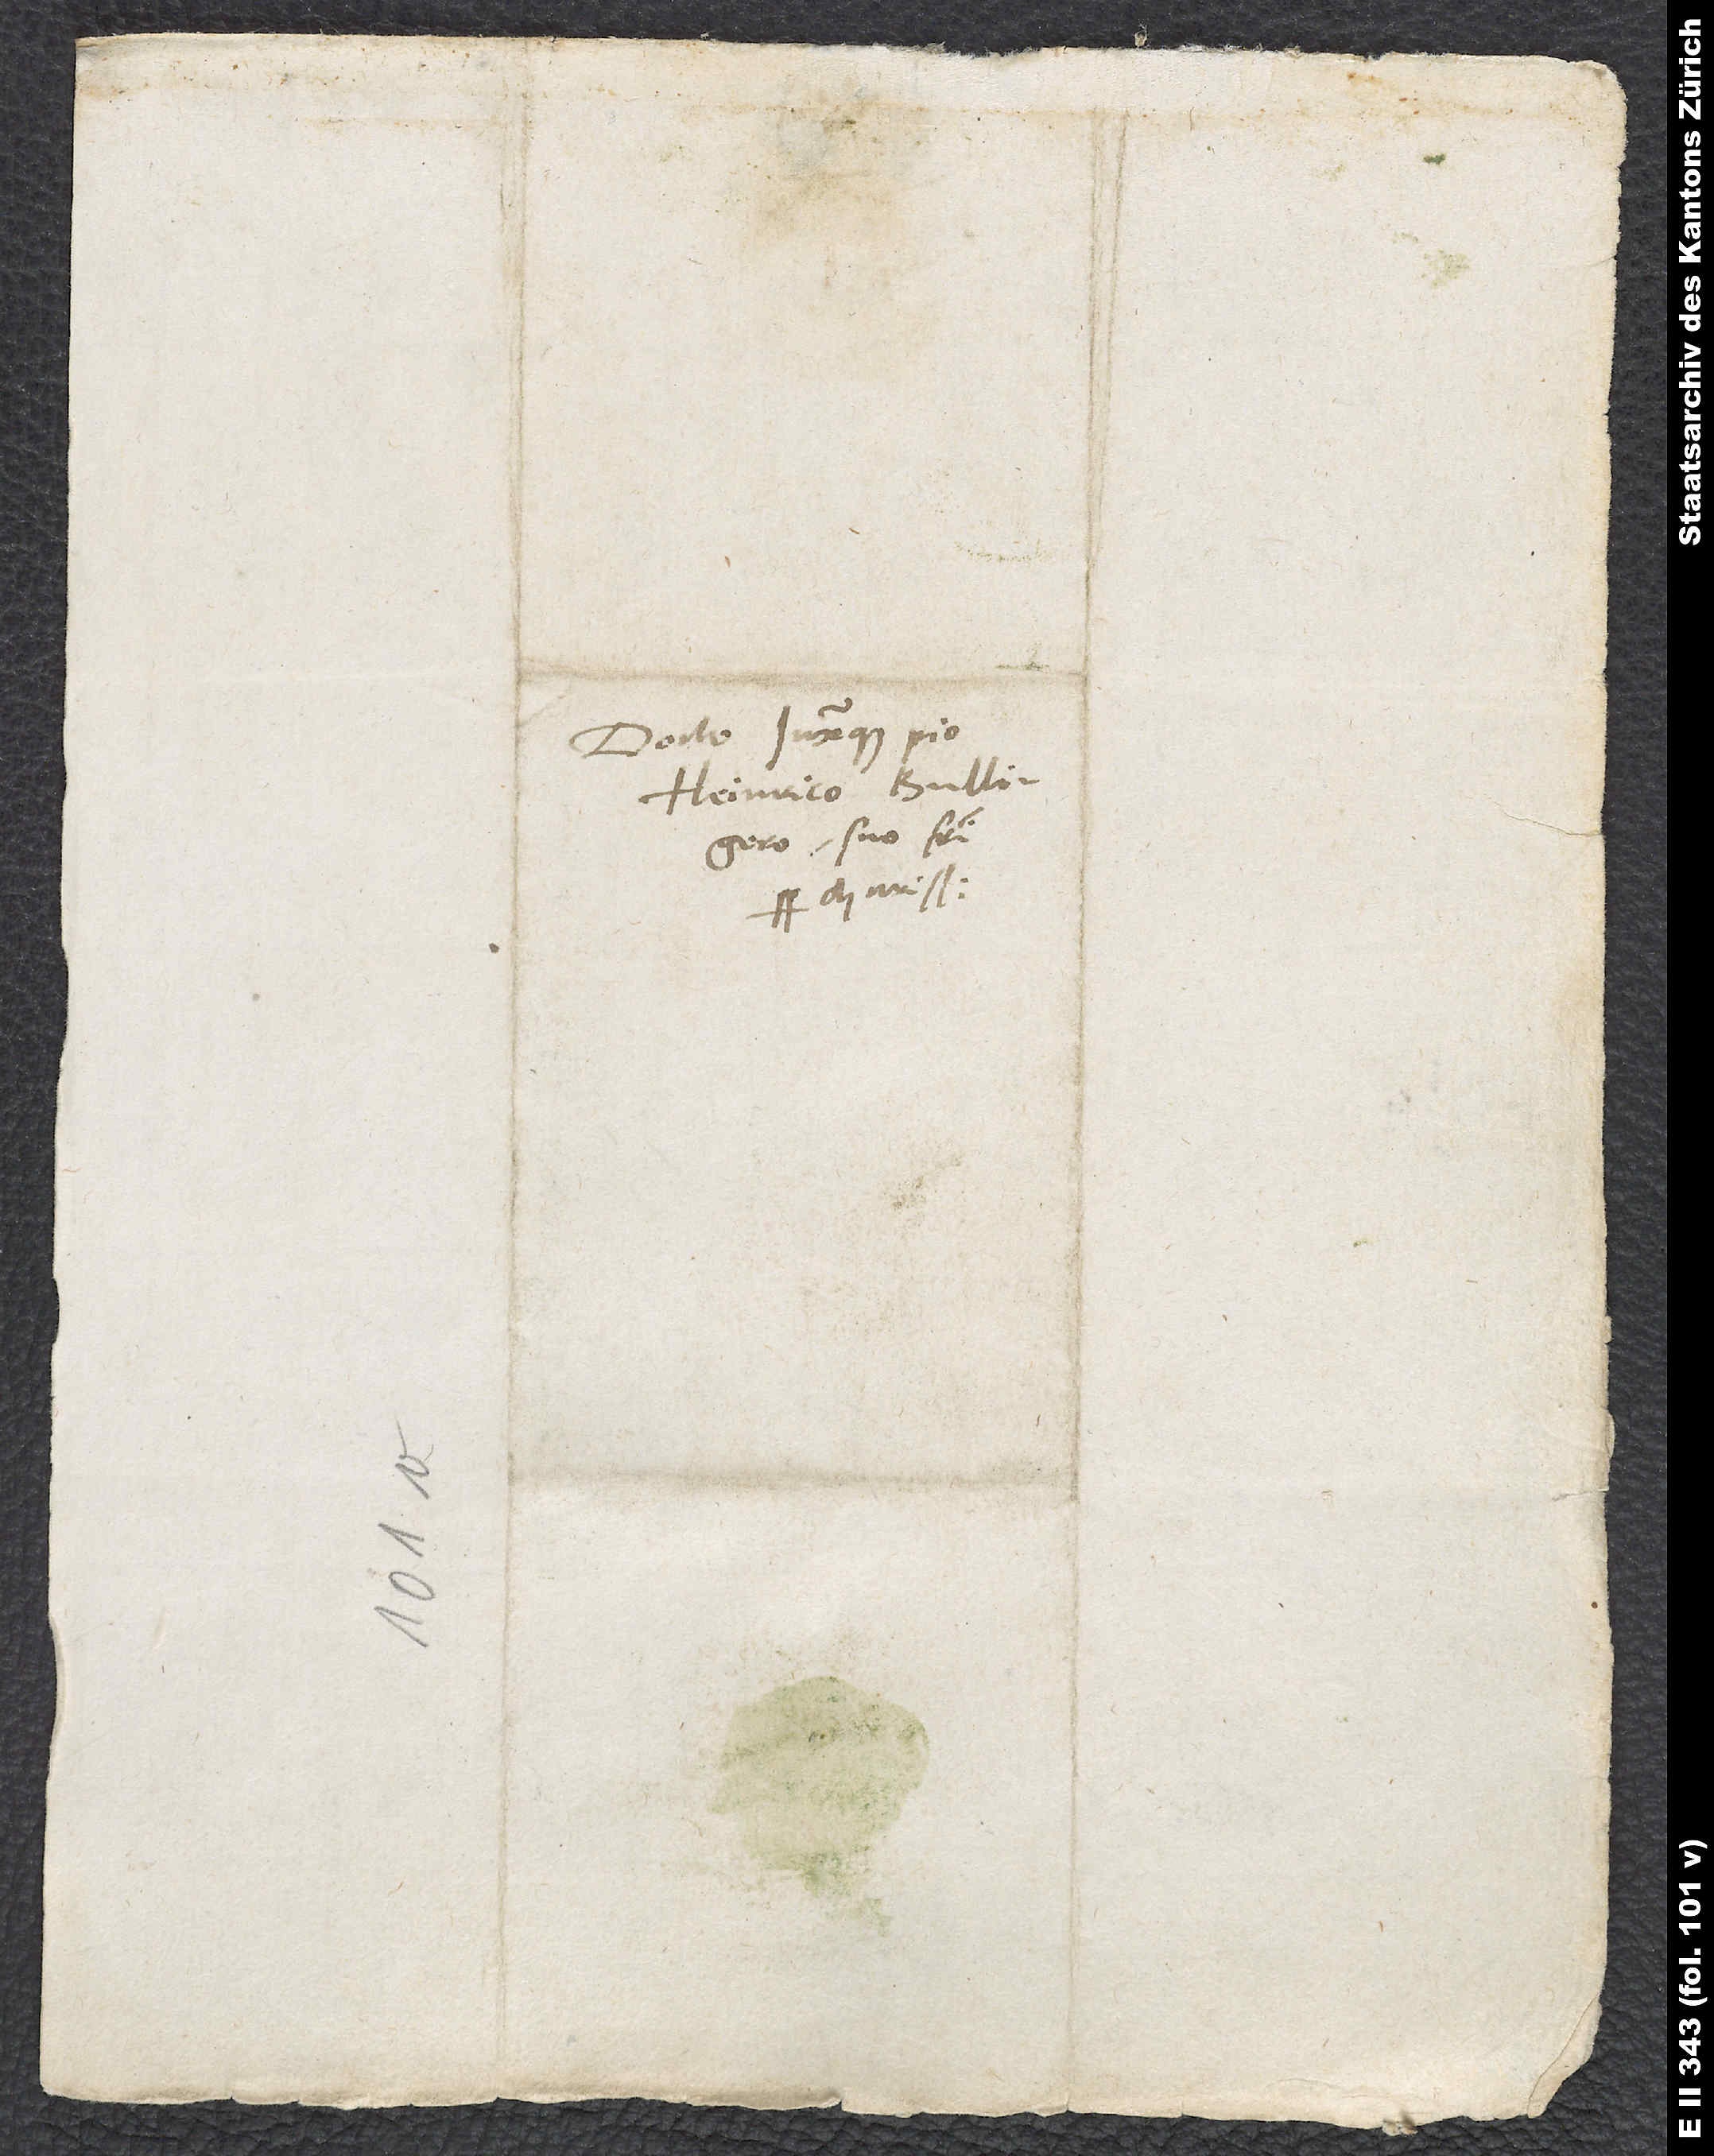
Docto iuxtaque pio
Heinrico Bullingero,
suo fratri
charissimo.